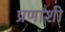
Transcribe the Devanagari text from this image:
प्रणांशी